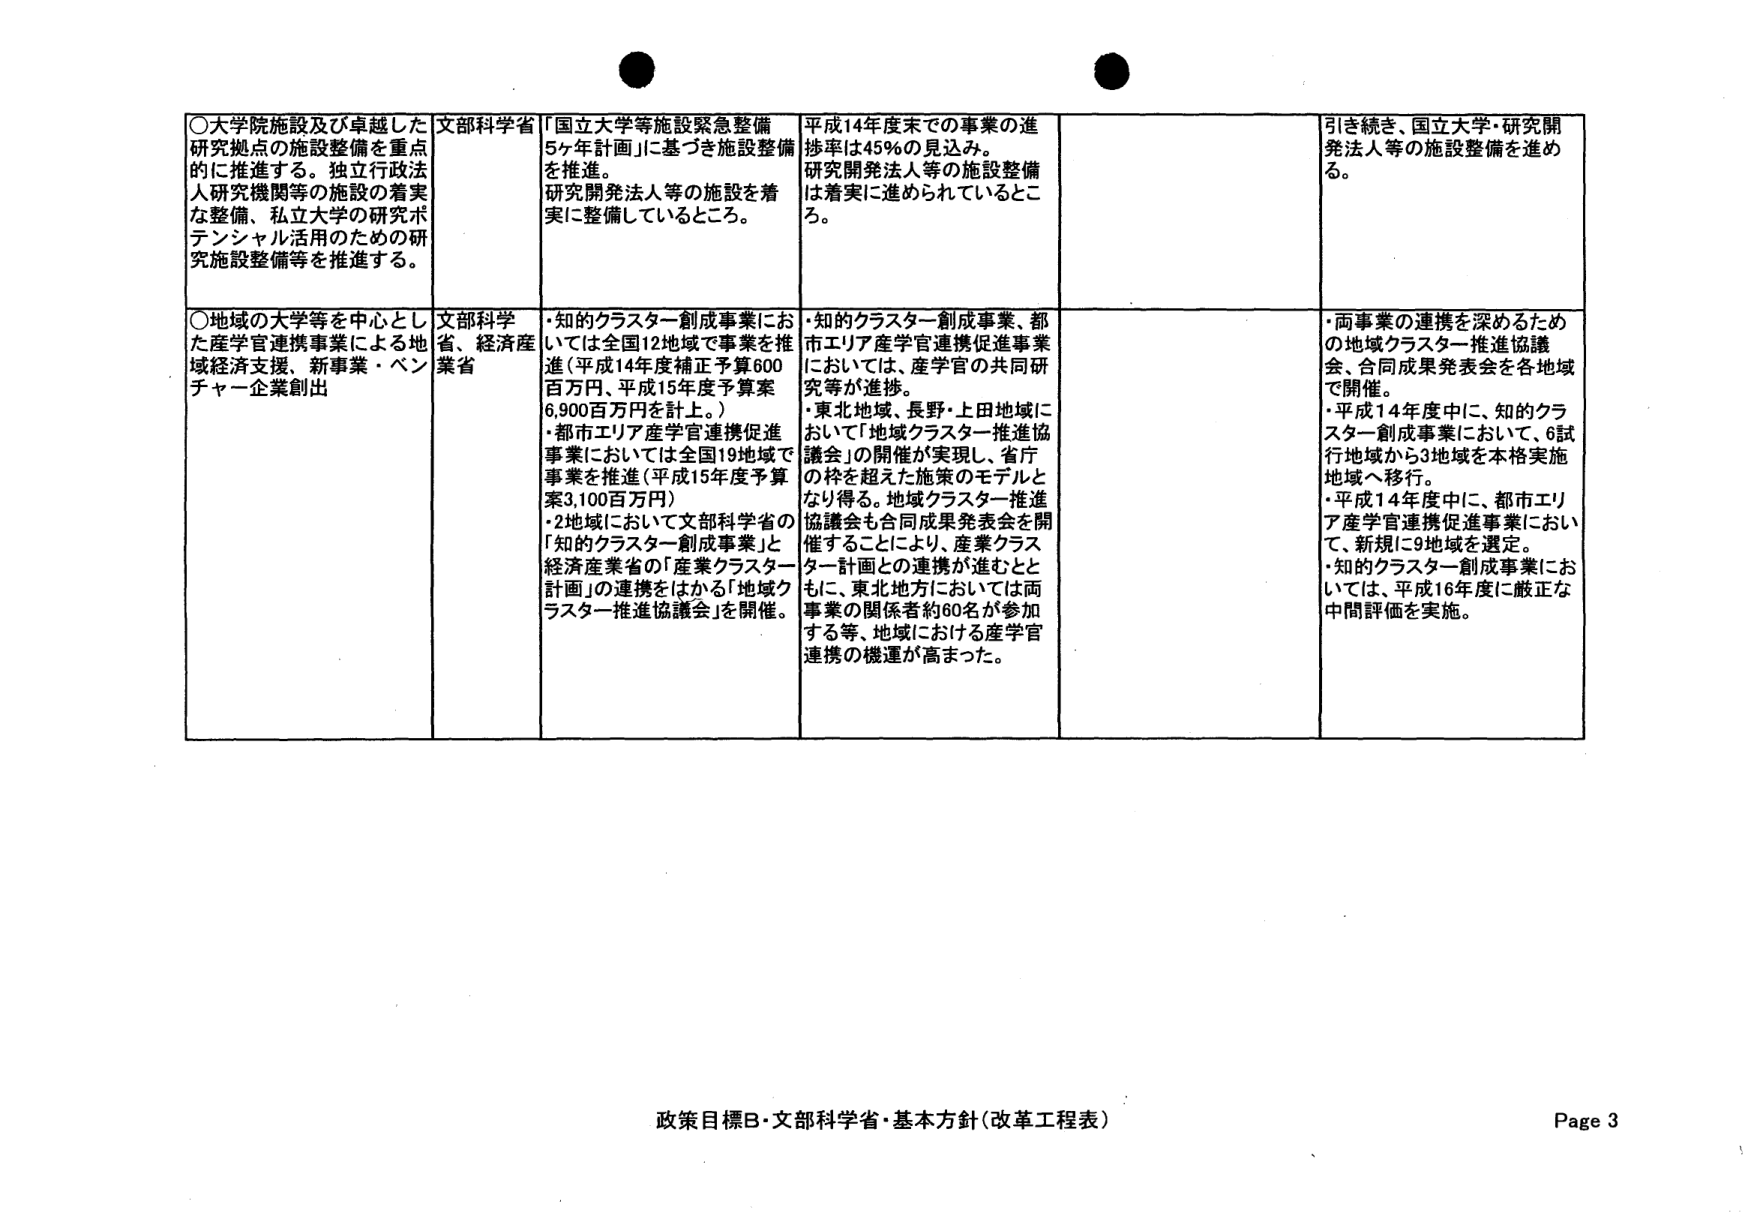
○大学院施設及び卓越した研究拠点の施設整備を重点的に推進する。独立行政法人研究機関等の施設の着実な整備、私立大学の研究ポテンシャル活用のための研究施設整備等を推進する。

文部科学省

「国立大学等施設緊急整備5ヶ年計画」に基づき施設整備を推進。研究開発法人等の施設を着実に整備しているところ。

平成14年度末での事業の進捗率は45％の見込み。研究開発法人等の施設整備は着実に進められているところ。

引き続き、国立大学・研究開発法人等の施設整備を進める。

○地域の大学等を中心とした産学官連携事業による地域経済支援、新事業・ベンチャー企業創出

文部科学省、経済産業省

・知的クラスター創成事業においては全国12地域で事業を推進（平成14年度補正予算600百万円、平成15年度予算案6,900百万円を計上。）
・都市エリア産学官連携促進事業においては全国19地域で事業を推進（平成15年度予算案3,100百万円）
・2地域において文部科学省の「知的クラスター創成事業」と経済産業省の「産業クラスター計画」の連携をはかる「地域クラスター推進協議会」を開催。

・知的クラスター創成事業、都市エリア産学官連携促進事業においては、産学官の共同研究等が進捗。
・東北地域、長野・上田地域において「地域クラスター推進協議会」の開催が実現し、省庁の枠を超えた施策のモデルとなり得る。地域クラスター推進協議会も合同成果発表会を開催することにより、産業クラスター計画との連携が進むとともに、東北地方においては両事業の関係者約60名が参加する等、地域における産学官連携の機運が高まった。

・両事業の連携を深めるための地域クラスター推進協議会、合同成果発表会を各地域で開催。
・平成14年度中に、知的クラスター創成事業において、6試行地域から3地域を本格実施地域へ移行。
・平成14年度中に、都市エリア産学官連携促進事業において、新規に9地域を選定。
・知的クラスター創成事業においては、平成16年度に厳正な中間評価を実施。

政策目標B・文部科学省・基本方針（改革工程表）
Page 3